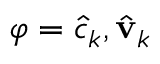
\varphi = \hat { c } _ { k } , \hat { \mathbf { v } } _ { k }